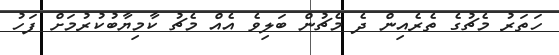
ހަތަރު މެޗުގެ ތެރެއިން ދެ މެޗުން ބަލިވެ އެއް މެޗު ކާމިޔާބުކުރުމަށް ފަހު